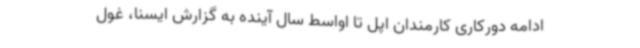
ادامه دورکاری کارمندان اپل تا اواسط سال آینده به گزارش ایسنا، غول